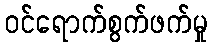
ဝင်ရောက်စွက်ဖက်မှု